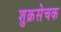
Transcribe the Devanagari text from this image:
शुक्रसेचक